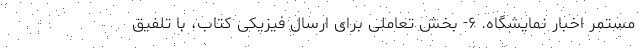
مستمر اخبار نمایشگاه. ۶- بخش تعاملی برای ارسال فیزیکی کتاب، با تلفیق